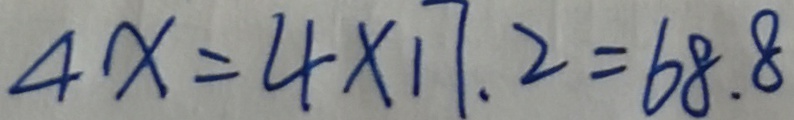
4 x = 4 \times 1 7 . 2 = 6 8 . 8